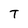
Character: T